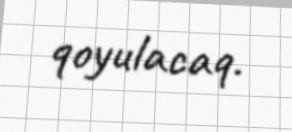
qoyulacaq.